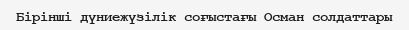
Бірінші дүниежүзілік соғыстағы Осман солдаттары